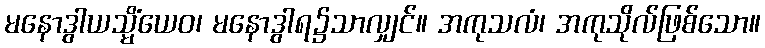
မနောဒွါယသ္မိံယေဝ၊ မနောဒွါရ၌သာလျှင်။ အကုသလံ၊ အကုသိုလ်ဖြစ်သော။